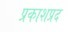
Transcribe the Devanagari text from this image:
प्रकाशप्रद